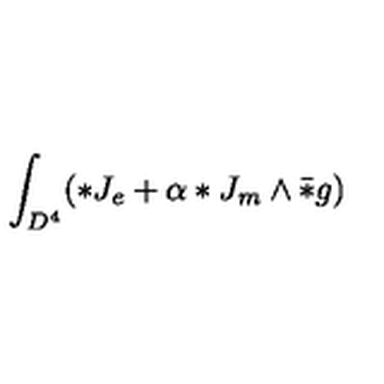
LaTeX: \int _ { D ^ { 4 } } ( * J _ { e } + \alpha * J _ { m } \wedge \bar { * } g )